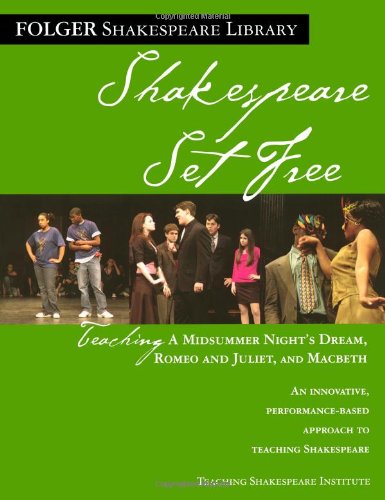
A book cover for Shakespeare Set Free: Teaching Romeo & Juliet, Macbeth & Midsummer Night (Folger Shakespeare Library); Peggy O'Brien; Literature & Fiction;